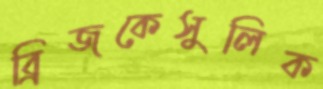
ব্রিজকেসুলিক